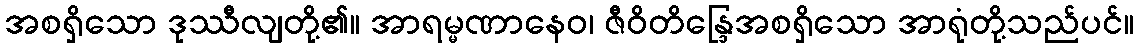
အစရှိသော ဒုဿီလျတို့၏။ အာရမ္မဏာနေဝ၊ ဇီဝိတိန္ဒြေအစရှိသော အာရုံတို့သည်ပင်။